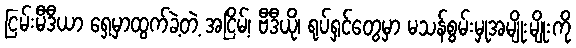
ငြမ်းမီဒီယာ ရှေ့မှာထွက်ခဲ့တဲ့ အငြိမ့်၊ ဗီဒီယို၊ ရုပ်ရှင်တွေမှာ မသန်စွမ်းမှုအမျိုးမျိုးကို